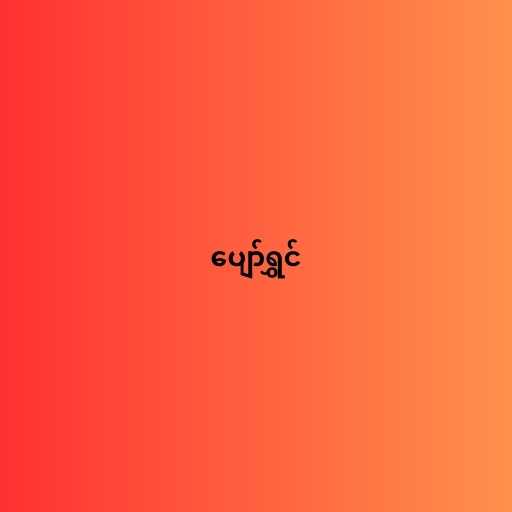
ပျော်ရွှင်